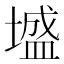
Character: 墭